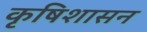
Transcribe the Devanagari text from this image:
कृषिशासन